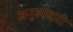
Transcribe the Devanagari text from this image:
अनुस्पंदनी